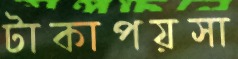
টাকাপয়সা